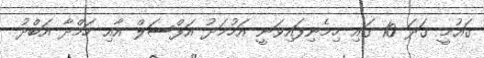
ގައުމީ ގަދަ 10 ގައި ހިމެނިފައިވަނީ އަހުމަދު އަފްސަލް އާއި ހަމްދާ އަބްދު